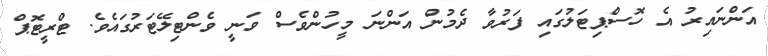
އަންނައިރު އެ ހޮސްޕިޓަލުގައި ފަރުވާ ދެމުން އަންނަ މީހުންވެސް ވަނީ ވެންޓިލޭޓަރުގައެވެ. ޓްރީޓޮޕް